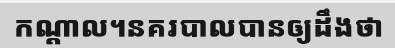
កណ្តាល។នគរបាលបានឲ្យដឹងថា